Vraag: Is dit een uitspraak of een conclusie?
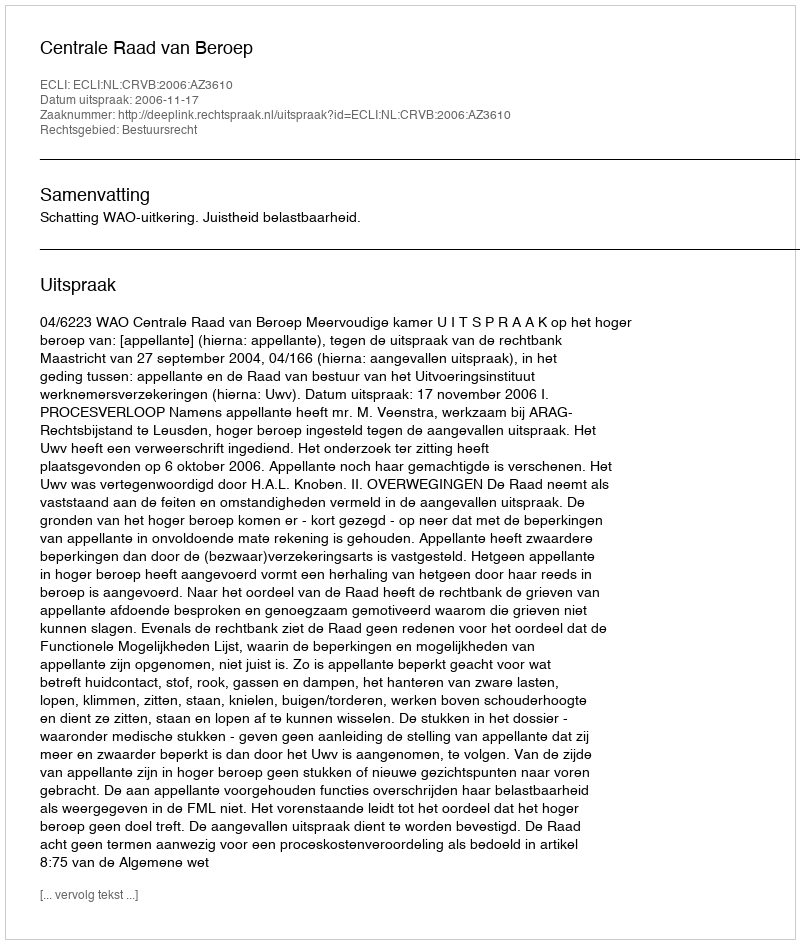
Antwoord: Uitspraak